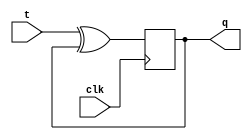
module xup_tff_vector #(parameter SIZE = 4 , DELAY = 3)(
  input [SIZE-1:0] t,
  input clk,
  output [SIZE-1:0] q
  );
  reg [SIZE-1:0] q;
  initial q =0;
  
  always @(posedge clk)
  begin 
      q[SIZE-1:0] <= #DELAY t[SIZE-1:0]^q[SIZE-1:0] ;
  end
  
endmodule